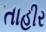
તાહીર